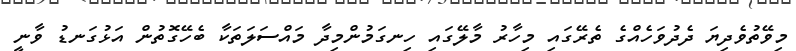
މިވޭތުވެދިޔަ ދެދުވަހެއްގެ ތެރޭގައި މިހާރު މާލޭގައި ހިނގަމުންމިދާ މައްސަލަތަކާ ބެހޭގޮތުން އަޅުގަނޑު ވާނީ